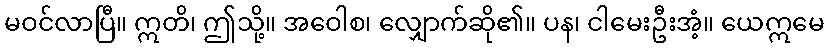
မဝင်လာပြီ။ ဣတိ၊ ဤသို့။ အဝေါစ၊ လျှောက်ဆို၏။ ပန၊ ငါမေးဦးအံ့။ ယေဣမေ